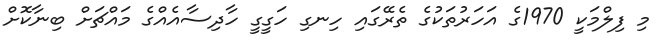
މި ފިލްމަކީ 1970ގެ އަހަރުތަކުގެ ތެރޭގައި ހިނގި ހަގީގީ ހާދިސާއެއްގެ މައްޗަށް ބިނާކޮށް